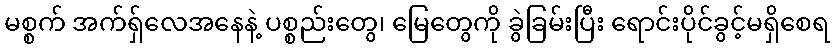
မစ္စက် အက်ရှ်လေအနေနဲ့ ပစ္စည်းတွေ၊ မြေတွေကို ခွဲခြမ်းပြီး ရောင်းပိုင်ခွင့်မရှိစေရ